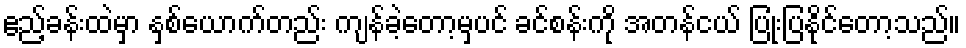
ဧည့်ခန်းထဲမှာ နှစ်ယောက်တည်း ကျန်ခဲ့တော့မှပင် ခင်စန်းကို အတန်ငယ် ပြုံးပြနိုင်တော့သည်။